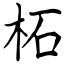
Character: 柘